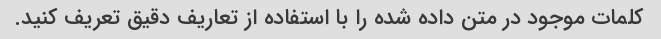
کلمات موجود در متن داده شده را با استفاده از تعاریف دقیق تعریف کنید.